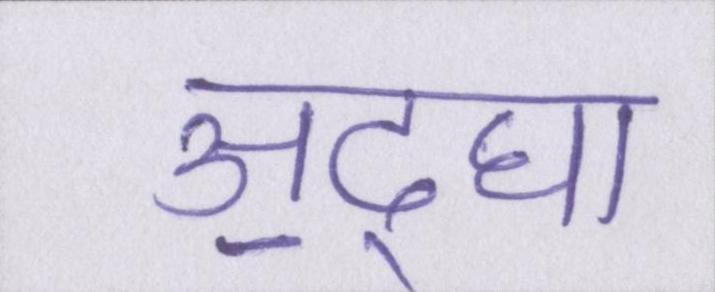
अ॒द्घा